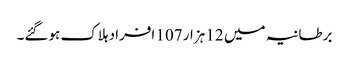
برطانیہ میں 12 ہزار 107 افراد ہلاک ہوگئے۔